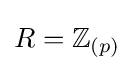
R=\mathbb {Z} _{(p)}